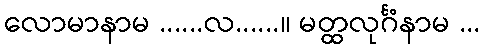
လောမာနာမ ......လ......။ မတ္ထလုင်္ဂံနာမ ...